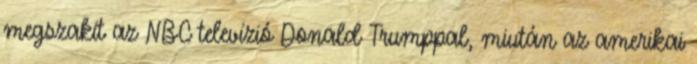
megszakít az NBC televízió Donald Trumppal, miután az amerikai